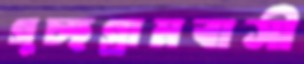
গুচ্ছগ্রামবাসী